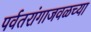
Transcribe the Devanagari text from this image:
पर्वतरांगाजवळच्या